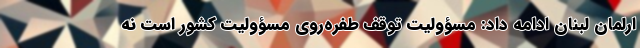
ارلمان لبنان ادامه داد: مسؤولیت توقف طفره‌روی مسؤولیت کشور است نه